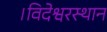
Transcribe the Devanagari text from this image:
।विदेश्वरस्थान